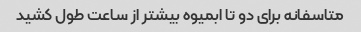
متاسفانه برای دو تا ابمیوه بیشتر از ساعت طول کشید